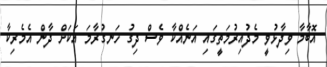
އޮބާމާ ވިދާޅުވީ މެދުއިރުމަތީގައި އަނެއްކާ ވެސް ދިގު ހަނގުރާމަ އަކަށް ދާން އެމެރިކާ